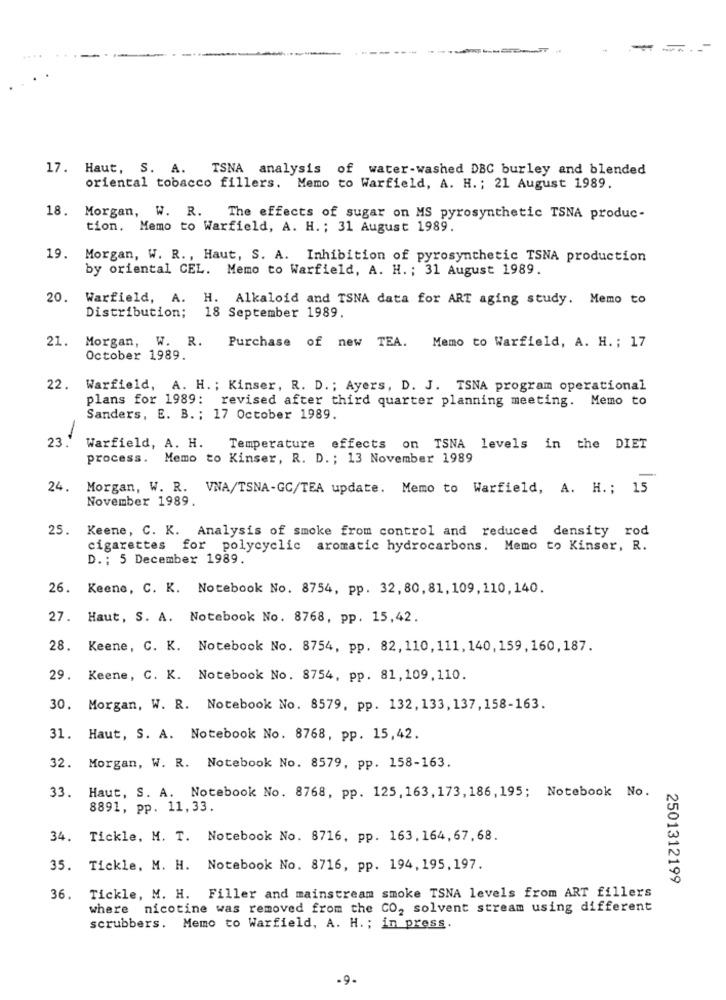
...
17. Haut, S. A. TSNA analysis of water-washed DBC burley and blended
oriental tobacco fillers. Memo to Warfield, A. H .; 21 August 1989.
18. Morgan, W. R.
The effects of sugar on MS pyrosynthetic TSNA produc-
tion, Memo to Warfield, A. H .; 31 August 1989.
19. Morgan, W. R ., Haut, S. A. Inhibition of pyrosynthetic TSNA production
by oriental CEL. Memo to Warfield, A. H .; 31 August 1989.
20. Warfield, A. H. Alkaloid and TSNA data for ART aging study. Memo to
Distribution;
18 September 1989.
21.
Morgan, W. R.
Purchase of new TEA. Memo to Warfield, A. H. ; 17
October 1989.
22.
Warfield, A. H .; Kinser, R. D .; Ayers, D. J. TSNA program operational
plans for 1989: revised after third quarter planning meeting. Memo to
Sanders, E. B. ; 17 October 1989.
23.
Warfield, A. H.
Temperature effects on TSNA levels in the DIET
process. Memo to Kinser, R. D. ; 13 November 1989
24.
Morgan, W. R. VNA/TSNA-GC/TEA update. Memo to Warfield, A. H .; 15
November 1989.
25.
Keene, C. K. Analysis of smoke from control and reduced density rod
cigarettes for polycyclic aromatic hydrocarbons. Memo to Kinser, R.
D. ; 5 December 1989.
26. Keene, C. K. Notebook No. 8754, pp. 32, 80, 81, 109, 110, 140.
27. Haut, S. A. Notebook No. 8768, pp. 15,42.
28.
Keene, C. K. Notebook No. 8754, pp. 82, 110, 111, 140, 159, 160, 187.
29.
Keene, C. K. Notebook No. 8754, pp. 81,109,110.
30. Morgan, W. R. Notebook No. 8579, pp. 132, 133, 137, 158-163.
31. Haut, S. A. Notebook No. 8768, pp. 15,42.
32. Morgan, W. R. Notebook No. 8579, pp. 158-163.
33. Haut, S. A. Notebook No. 8768, pp. 125, 163, 173, 186, 195; Notebook No.
8891, pp. 11,33.
34. Tickle, M. T. Notebook No. 8716, pp. 163. 164, 67. 68.
35. Tickle, M. H. Notebook No. 8716, pp. 194, 195. 197.
2501312199
36. Tickle, M. H. Filler and mainstream smoke TSNA levels from ART fillers
where nicotine was removed from the CO, solvent stream using different
scrubbers. Memo to Warfield, A. H .; in press.
.9.